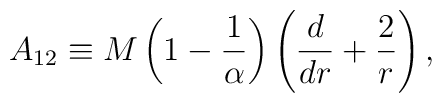
A_{12} \equiv M \left(1-{1\over \alpha}\right)\left({d\over dr}+{2\over r}\right),